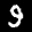
Label: 9